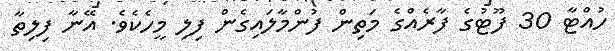
ހުއްޓާ 30 ފޫޓުގެ ފާރެއްގެ މަތިން ފުންމާލައިގެން ފިލި މީހެކެވެ. އޭނާ ފިލިތާ